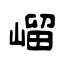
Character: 嵧